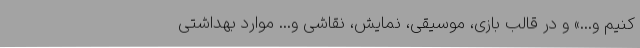
کنیم و...» و در قالب بازی، موسیقی، نمایش، نقاشی و... موارد بهداشتی